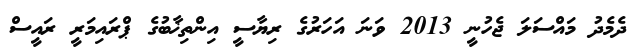
ދެމެދު މައްސަލަ ޖެހުނީ 2013 ވަނަ އަހަރުގެ ރިޔާސީ އިންތިޚާބުގެ ޕްރައިމަރީ ރައީސް